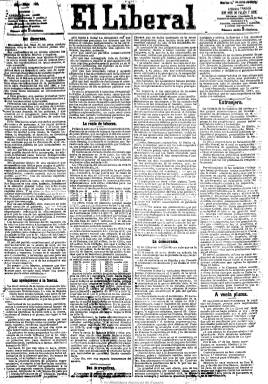
Título: El Liberal (Madrid. 1879)
Colección: Periódicos
Ámbito geográfico: Madrid
Lugar de publicación: Madrid
Fechas: 15/07/1879-26/03/1939

Este diario matutino comienza a publicarse el sábado 31 de mayo de 1879 y dejará de hacerlo el 28 de marzo de 1939, al ser incautado por el “nuevo” Estado dictatorial del general Franco. Durante sus sesenta años de vida tuvo una orientación liberal republicana moderada y en la segunda década del siglo veinte alcanzó una de las mayores tiradas de la prensa española, siendo el prototipo de los grandes periódicos populares y el más leído entre las capas obreras, “por su lenguaje claro y contundente, su preocupación por los problemas de los trabajadores, sus informaciones rigurosas y exhaustivas y un cierto sensacionalismo”, tal como ha expresado María Dolores Sáiz.

Nace de la disidencia encabezada en el seno de El imparcial (1867-1933) por quien Eduardo Gasset y Artime (1832-1884) había cesado anteriormente como su director y mano derecha, Mariano Araús Pérez (1836-1901), e Isidoro Fernández Flórez (1840-1902), ya conocido como Fernanflor, quien había proyectado y dirigido durante los últimos cinco años el suplemento Los lunes de El imparcial, a los que se unieron los antiguos socios de Gasset, Mariano Milego y el crítico taurino Eduardo de la Loma, además de otros redactores y trabajadores. El motivo del cisma fue la mudanza ideológica de El imparcial al aceptar al régimen monárquico alfonsino y la política personal de Gasset que chocó contra las convicciones de sus redactores.

El liberal nació así como un diario absolutamente independiente con fuertes raíces democráticas, al amparo de la nueva ley de prensa del siete de enero de 1879 a través de la cual empieza a “levantar cabeza” la prensa republicana, a la vez que la poderosa izquierda dinástica fragua en el fusionismo y el liberalismo sagastino.

Araús será su primer director y a su redacción se sumarán otros periodistas que habían abandonado el diario de Gasset el 19 de mayo de 1879, como Julio Vargas Machuca, Francisco de Asís Pacheco, José María Anchorena, José Fernández Bremón o Manuel María González, todos ellos de ideología republicana.

Nace en pugna con El imparcial, con el que entablará una enconada rivalidad, y su pronto éxito será debido a un exquisito equilibrio entre información y opinión y al tono literario de sus editoriales, infrecuente en la prensa de la época, junto al carácter popular de algunas de sus informaciones, que rozarán cierto sensacionalismo, y que tendrán su mayor exponente con el crimen de la calle Fuencarral y el caso Mussó.

Peñaflor, que será su mayor accionista fundador, intentará, ya el dos de junio de 1879, emular al suplemento de su adversario creando y dirigiendo Los lunes de El liberal, que al año siguiente se transformará en el suplemento Entre páginas, que aparecerá jueves y domingos, en donde ya empezará a sobresalir la pluma de Miguel Moya Ojanguren (1856-1920), quien asumirá la dirección del diario a partir de 1890.

Será un periódico de gran formato, compuesto a cuatro columnas al principio y que después irá aumentando en número, insertando en su primera página los editoriales y artículos de fondo, y con secciones para las crónicas parlamentarias, las noticias de provincias, los telegramas del extranjero de la agencia Fabra, disposiciones oficiales, las crónicas locales, las cotizaciones de bolsa, la de espectáculos, cultos, libros y notas meteorológicas. Columnas como “A vuela pluma” y “Plato del día” tendrán la firma de Mariano de Cavia (1855-1920), que a la vez hará crítica taurina bajo el seudónimo de Sobaquillo a partir de su ingreso en la redacción en 1881. Será asimismo el periódico que introducirá y afianzará los anuncios por palabras, insertará necrológicas sin el símbolo de la cruz, adoptando el diario a la vez un anticlericalismo crítico, y prolongará el folletón típico francés. A partir del nueve de julio de 1889 aparecerá junto a su cabecera la leyenda de ser “el periódico de mayor circulación de España”.

En 1901, El liberal lleva a cabo una etapa de expansión, creando una cadena de periódicos con el mismo título en Barcelona, Bilbao, Murcia y Sevilla y, en 1906, Moya junto al gerente del diario, Antonio Sacristán, como herederos de Fernanflor, crearán, la Sociedad Editorial de España, el gran Trust de la prensa empresarial española del periodo, al que quedan adscritos El imparcial y Heraldo de Madrid (1890-1939), junto a otras cabeceras, y de la que serán máximos accionistas, siendo Moya el presidente de su consejo de administración. A partir de 1907 su nuevo director será Alfredo Vicenti (1850-1916), uno de los mejores editorialistas de la época, que había ingresado en su redacción en 1896. A su muerte le sustituirá en la dirección Enrique Gómez Carrillo, redactor desde 1893 y redactor jefe desde 1907, y entre 1917-1923, Antonio Moya Gastón. Los diarios del Trust serán los de mayor circulación de la época, alcanzando una tirada conjunta de más de 435 mil ejemplares.

El liberal seguirá siendo el representante de la gran prensa republicana moderada más a la izquierda y no partidario, de ideología democrática y socializante, tal como lo describe Maria Cruz Seoane. Aún así, llegará a ser portavoz del Partido Reformista de Melquíades Álvarez, hará oposición al ministerio de Antonio Maura y ofrecerá una opinión favorable al Partido Liberal, al principio en la persona de Segismundo Moret, después en la de José Canalejas y, por último en la del conde de Romanones (Álvaro Figueroa y Torres). Durante la primera guerra mundial se caracterizará por su francofilia, llegando a estar subvencionado por el Comité de Prensa francés, aunque al final de ella observará una “estricta neutralidad” que resultaría chocante.

Según las estadísticas oficiales, durante la segunda década del siglo veinte alcanzará los 120.000 ejemplares diarios, una de las más altas tiradas de la prensa de la época, de los que prácticamente la mitad serán suscripciones, considerándose más un periódico de difusión madrileña, firme defensor de la libertad de expresión, que leen las capas populares de la pequeña burguesía y las clases trabajadoras, lo que origina una rivalidad de la prensa estrictamente obrera contra el.

Un nutrido grupo de redactores protagonizarán un cisma más a la izquierda en el seno de su redacción, y el 13 de diciembre de 1919 fundarán La libertad, que será dirigida por Luis Oteyza y de la que Antonio de Lezama será su redactor jefe. Entre los que se pasan a la nueva redacción se encuentran también Luis de Zulueta, Pedro de Répide, Augusto Barcia, Manuel Machado, Alejandro Pérez Lugín, Ezequiel Endériz, Antonio Zozaya y el fotógrafo Alfonso.

En 1923 El liberal será vendido a los hermanos Manuel y Juan Busquets, empresarios catalanes y máximos acreedores del Trust, que crearán la Sociedad Editora Universal. Será nombrado director Eduardo Rosón, al que pronto le sustituirá Francisco Villanueva, hasta 1927, siendo incorporado como redactor jefe Rafael Morayta y, como confeccionador, Manuel Font. Intensificará su línea izquierdista adoptando una de las posiciones más radicales a la dictadura primoriverista, de la que sufre persecución.

En el primer tercio del siglo veinte, uno de sus más distinguidos colaboradores fue Miguel de Unamuno, y entre otros fueron sus redactores o colaboradores, además de los ya citados y que fundaron La libertad, Luis Morón, corresponsal en la guerra cubana; Mariano Martín Fernández, que llegó a ser su redactor jefe en 1907; Luis Araquistáin y Ramón Pérez de Ayala, que fueron corresponsales en Londres durante la guerra mundial; Joaquín Dicenta y Adolfo Marsillach, corresponsales en Barcelona; Arturo Mori, Jaime Torrubiano, Rafael Torres Endrina, Leopoldo Bejarano, Artemio Precioso, José Venegas, Francisco Vera, Manuel Delgado Bareto, Antonio Rodríguez Lázaro, Carlos del Río y Julián Settier.

El liberal pertenecerá al grupo destacado de la prensa española que contribuirá al advenimiento de la II República. Durante el primer bienio apoyará al gobierno de Manuel Azaña, y situándose en un republicanismo de izquierda moderado, seguirá siendo uno de los diarios más leídos, ahora con formato más reducido y un número de páginas que alcanza las dieciséis.

Entre sus periodistas del periodo republicano se encuentran Emiliano M. Aguilera, José Manuel de Armiñán, Roberto Castrovido, Marcelino Domingo, Edmundo González Blanco, Gabriel Greiner, José Rocamora, Pedro Massa y F. Valera, como editorialista. Entre 1937 y 1938, su director fue Emilio Ayeusa y, en 1939, Manuel Rosón Ayuso. Tras entrar las tropas franquistas en Madrid y ser incautado, de sus talleres empezó a salir el diario Madrid. Los herederos de los Busquets iniciaron en la década de los cincuenta un proceso, que aún en 2011 continúa, para que el Estado les indemnice por los bienes incautados de la Sociedad Editora Universal.

En la colección en papel de la BNE faltan los ejemplares de abril y mayo de 1936, y los siguientes años están incompletos.